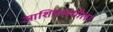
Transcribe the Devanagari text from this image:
आशियामधीला